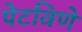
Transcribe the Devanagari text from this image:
पेटविणे